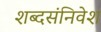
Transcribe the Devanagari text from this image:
शब्दसंनिवेश